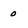
Character: 0